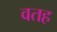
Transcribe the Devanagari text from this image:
वतह